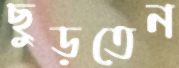
ছুড়তেন